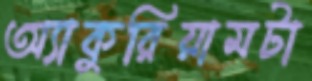
অ্যাকুরিয়ামটা